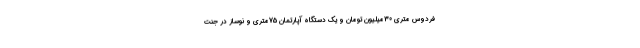
فردوس متری 30میلیون تومان و یک دستگاه آپارتمان 75متری و نوساز در جنت